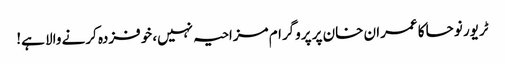
ٹریور نوحا کا عمران خان پر پروگرام مزاحیہ نہیں، خوفزدہ کرنے والا ہے!